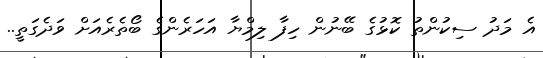
އެ މަދު ސިކުންތު ކޮޅުގެ ބޭނުން ހިފާ ލިމްޔާ އަހަރެންގެ ބޯތެރެއަށް ވަދެގަތީ..